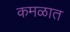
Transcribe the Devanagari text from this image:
कमळात